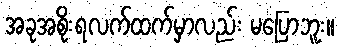
အခုအစိုးရလက်ထက်မှာလည်း မပြောဘူး။